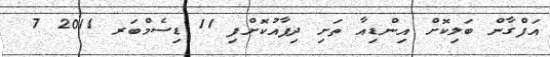
އަފްގާން ބަލިކޮށް އިންޑިއާ ތަށި ދިފާއުކޮށްފި 11 ޑިސެމްބަރ 2011 7